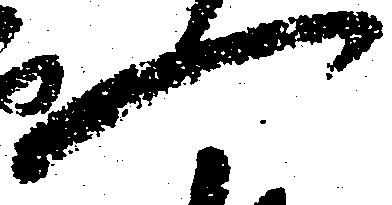
一